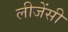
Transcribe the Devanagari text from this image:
लीजेंसी